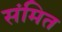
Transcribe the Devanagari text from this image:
संमित